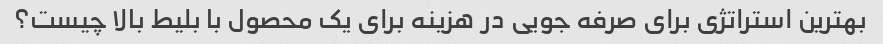
بهترین استراتژی برای صرفه جویی در هزینه برای یک محصول با بلیط بالا چیست؟